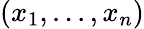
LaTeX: (x_{1},...,x_{n})